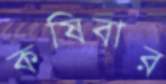
কষিবার